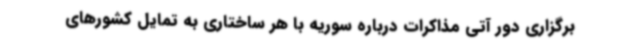
برگزاری دور آتی مذاکرات درباره سوریه با هر ساختاری به تمایل کشورهای